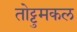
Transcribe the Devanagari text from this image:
तोट्टुमकल